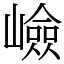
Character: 嶮